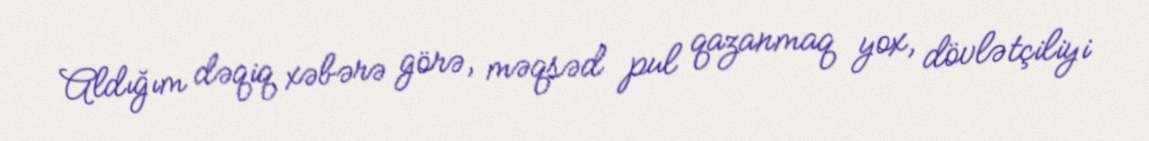
Aldığım dəqiq xəbərə görə, məqsəd pul qazanmaq yox, dövlətçiliyi